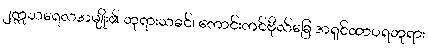
၂ဣသရေလအမျိုး၏ ဘုရားသခင်၊ ကောင်းကင်ဗိုလ်ခြေ အရှင်ထာဝရဘုရား